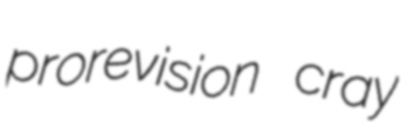
prorevision cray